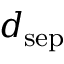
d _ { \mathrm { { s e p } } }